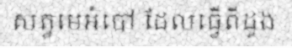
សត្វមេអំបៅ ដែលធ្វើពីដូង